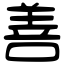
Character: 善